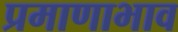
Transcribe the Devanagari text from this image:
प्रमाणाभाव